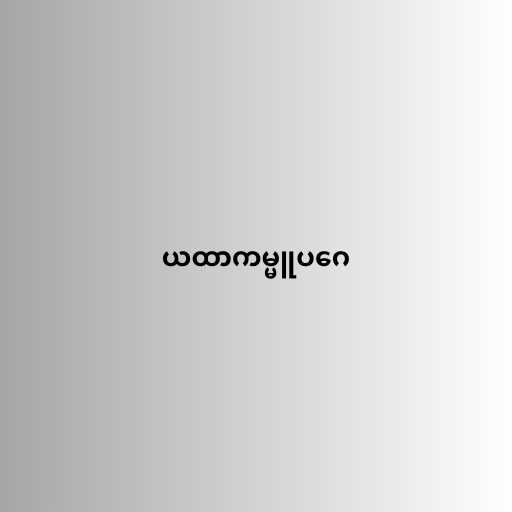
ယထာကမ္မူပဂေ